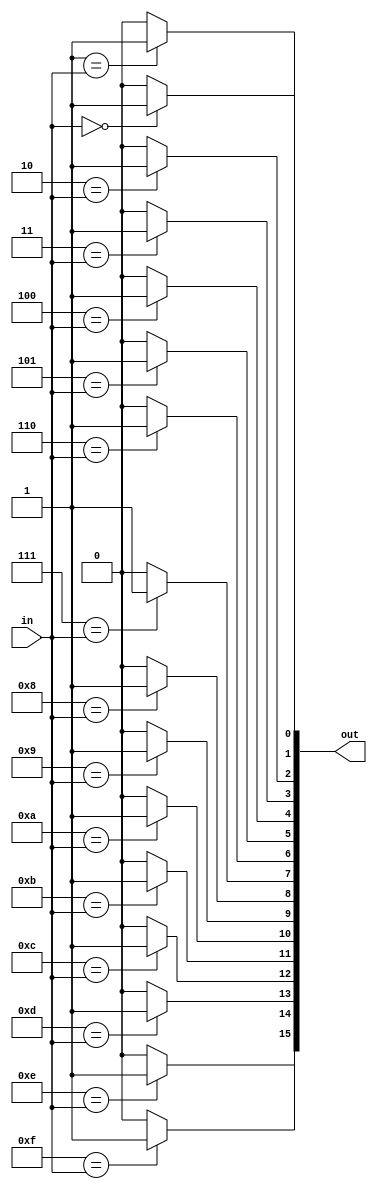
module decoder(in,out);
  input [3:0] in;
  output reg [15:0] out;
  integer i;
  always @(*)
    begin
    out=16'b0000_0000_0000_0000;
    for(i=0;i<16;i=i+1)
      begin
        if(i==in) 
          begin
          out[i]=1'b1;
          end
      end
    end
endmodule